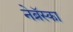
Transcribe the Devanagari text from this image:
नेब्रॅस्का